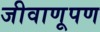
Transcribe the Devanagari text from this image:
जीवाणूपण